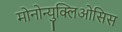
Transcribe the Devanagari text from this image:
मोनोन्युक्लिओसिस